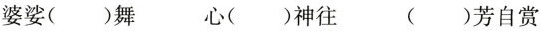
婆娑()舞 心()神往 ()芳自赏